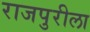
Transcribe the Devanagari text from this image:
राजपुरीला